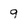
Character: 9